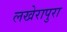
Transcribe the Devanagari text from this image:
लखेरापुरा